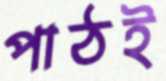
পাঠই